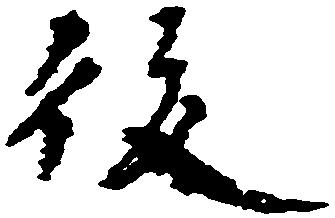
後